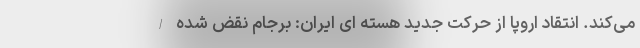
می‌کند. انتقاد اروپا از حرکت جدید هسته ای ایران: برجام نقض شده /